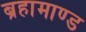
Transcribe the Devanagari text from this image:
ब्रहामाण्ड